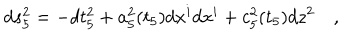
d s _ { 5 } ^ { 2 } = - d t _ { 5 } ^ { 2 } + a _ { 5 } ^ { 2 } ( t _ { 5 } ) d x ^ { i } d x ^ { i } + c _ { 5 } ^ { 2 } ( t _ { 5 } ) d z ^ { 2 } \quad ,